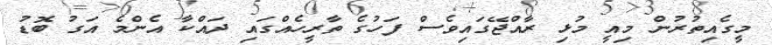
މީގެއިތުރުން މިއީ މުޅި ރާއްޖޭގައިވެސް ފަހުގެ ތާރީހެއްގައި ދައްކާ އެންމެ އަގު ބޮޑު